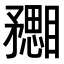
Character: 𥎙